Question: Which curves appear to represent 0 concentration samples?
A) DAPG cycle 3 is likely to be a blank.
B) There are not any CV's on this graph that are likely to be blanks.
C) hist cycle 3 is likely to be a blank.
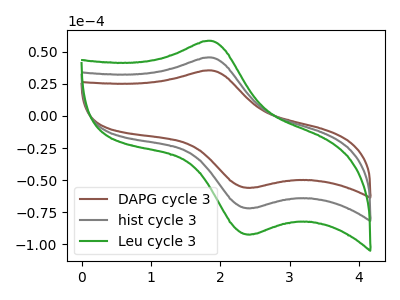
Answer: <think>The brown curve "DAPG cycle 3" has an anodic peak at (1.85V, 35.50uA) and a cathodic peak at (2.45V, -55.95uA). The gray curve "hist cycle 3" has an anodic peak at (1.85V, 45.55uA) and a cathodic peak at (2.45V, -71.85uA). The green curve "Leu cycle 3" has an anodic peak at (1.85V, 91.15uA) and a cathodic peak at (2.45V, -143.70uA).</think>
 <answer>B) There are not any CV's on this graph that are likely to be blanks.</answer>
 <eval>B</eval>